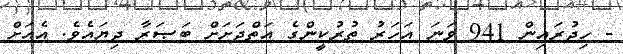
- ހިޖުރައިން 941 ވަނަ އަހަރު ތުރުކީންގެ އަތްދަށަށް ބަޞަރާ ދިޔައެވެ. އެއަށް